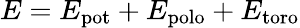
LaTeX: E=E_{\mathrm{pot}}+E_{\mathrm{polo}}+E_{\mathrm{toro}}